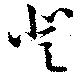
登